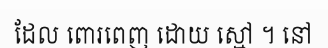
ដែល ពោរពេញ ដោយ ស្មៅ ។ នៅ